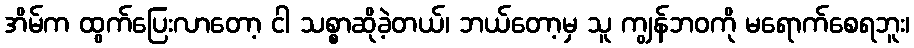
အိမ်က ထွက်ပြေးလာတော့ ငါ သစ္စာဆိုခဲ့တယ်၊ ဘယ်တော့မှ သူ ကျွန်ဘဝကို မရောက်စေရဘူး၊